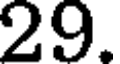
29.